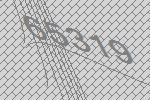
65319